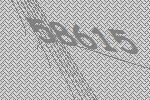
58615